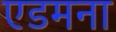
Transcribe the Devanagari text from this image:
एडमना